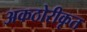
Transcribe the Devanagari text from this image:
अकठोरीकृत